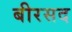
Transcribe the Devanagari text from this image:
बीरसद